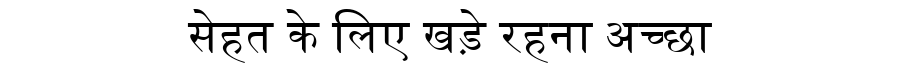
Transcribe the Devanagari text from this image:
सेहत के लिए खड़े रहना अच्छा